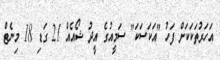
އަހަރުތަކަކަށް ފަހު "އަކަސަކަ" ސަމީއުގެ އީދު ޝޯއެއް 21 ގަޑި 18 މިނެޓް